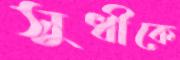
সুধীকে